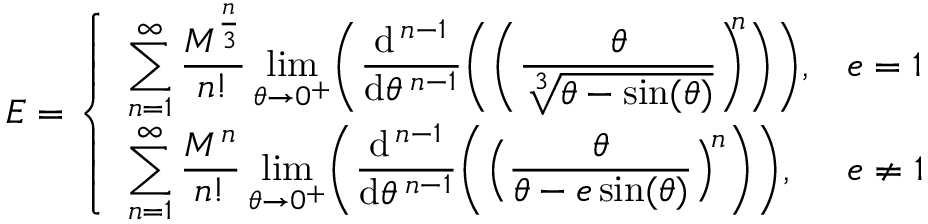
E = { \left\{ \begin{array} { l l } { \displaystyle \sum _ { n = 1 } ^ { \infty } { \frac { M ^ { \frac { n } { 3 } } } { n ! } } \operatorname* { l i m } _ { \theta \to 0 ^ { + } } \! { \Bigg ( } { \frac { \mathrm { d } ^ { \, n - 1 } } { \mathrm { d } \theta ^ { \, n - 1 } } } { \bigg ( } { \bigg ( } { \frac { \theta } { \sqrt [ { 3 } ] { \theta - \sin ( \theta ) } } } { \bigg ) } ^ { \! \! \! n } { \bigg ) } { \Bigg ) } , } & { e = 1 } \\ { \displaystyle \sum _ { n = 1 } ^ { \infty } { \frac { M ^ { n } } { n ! } } \operatorname* { l i m } _ { \theta \to 0 ^ { + } } \! { \Bigg ( } { \frac { \mathrm { d } ^ { \, n - 1 } } { \mathrm { d } \theta ^ { \, n - 1 } } } { \bigg ( } { \Big ( } { \frac { \theta } { \theta - e \sin ( \theta ) } } { \Big ) } ^ { \! n } { \bigg ) } { \Bigg ) } , } & { e \neq 1 } \end{array} \right. }